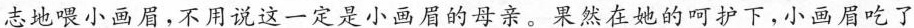
志地喂小画眉，不用说这一定是小画眉的母亲。果然在她的呵护下，小画眉吃了